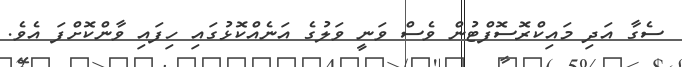
ސެގާ އަދި މައިކްރޮސޮފްޓުން ވެސް ވަނީ ވަލުގެ އަނެއްކޮޅުގައި ހިފައި ވާންކޮށްފަ އެވެ.